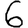
Digit: 6